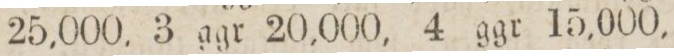
25,000, 3 ggr 20,000, 4 ggr 15,000,